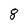
Character: 8